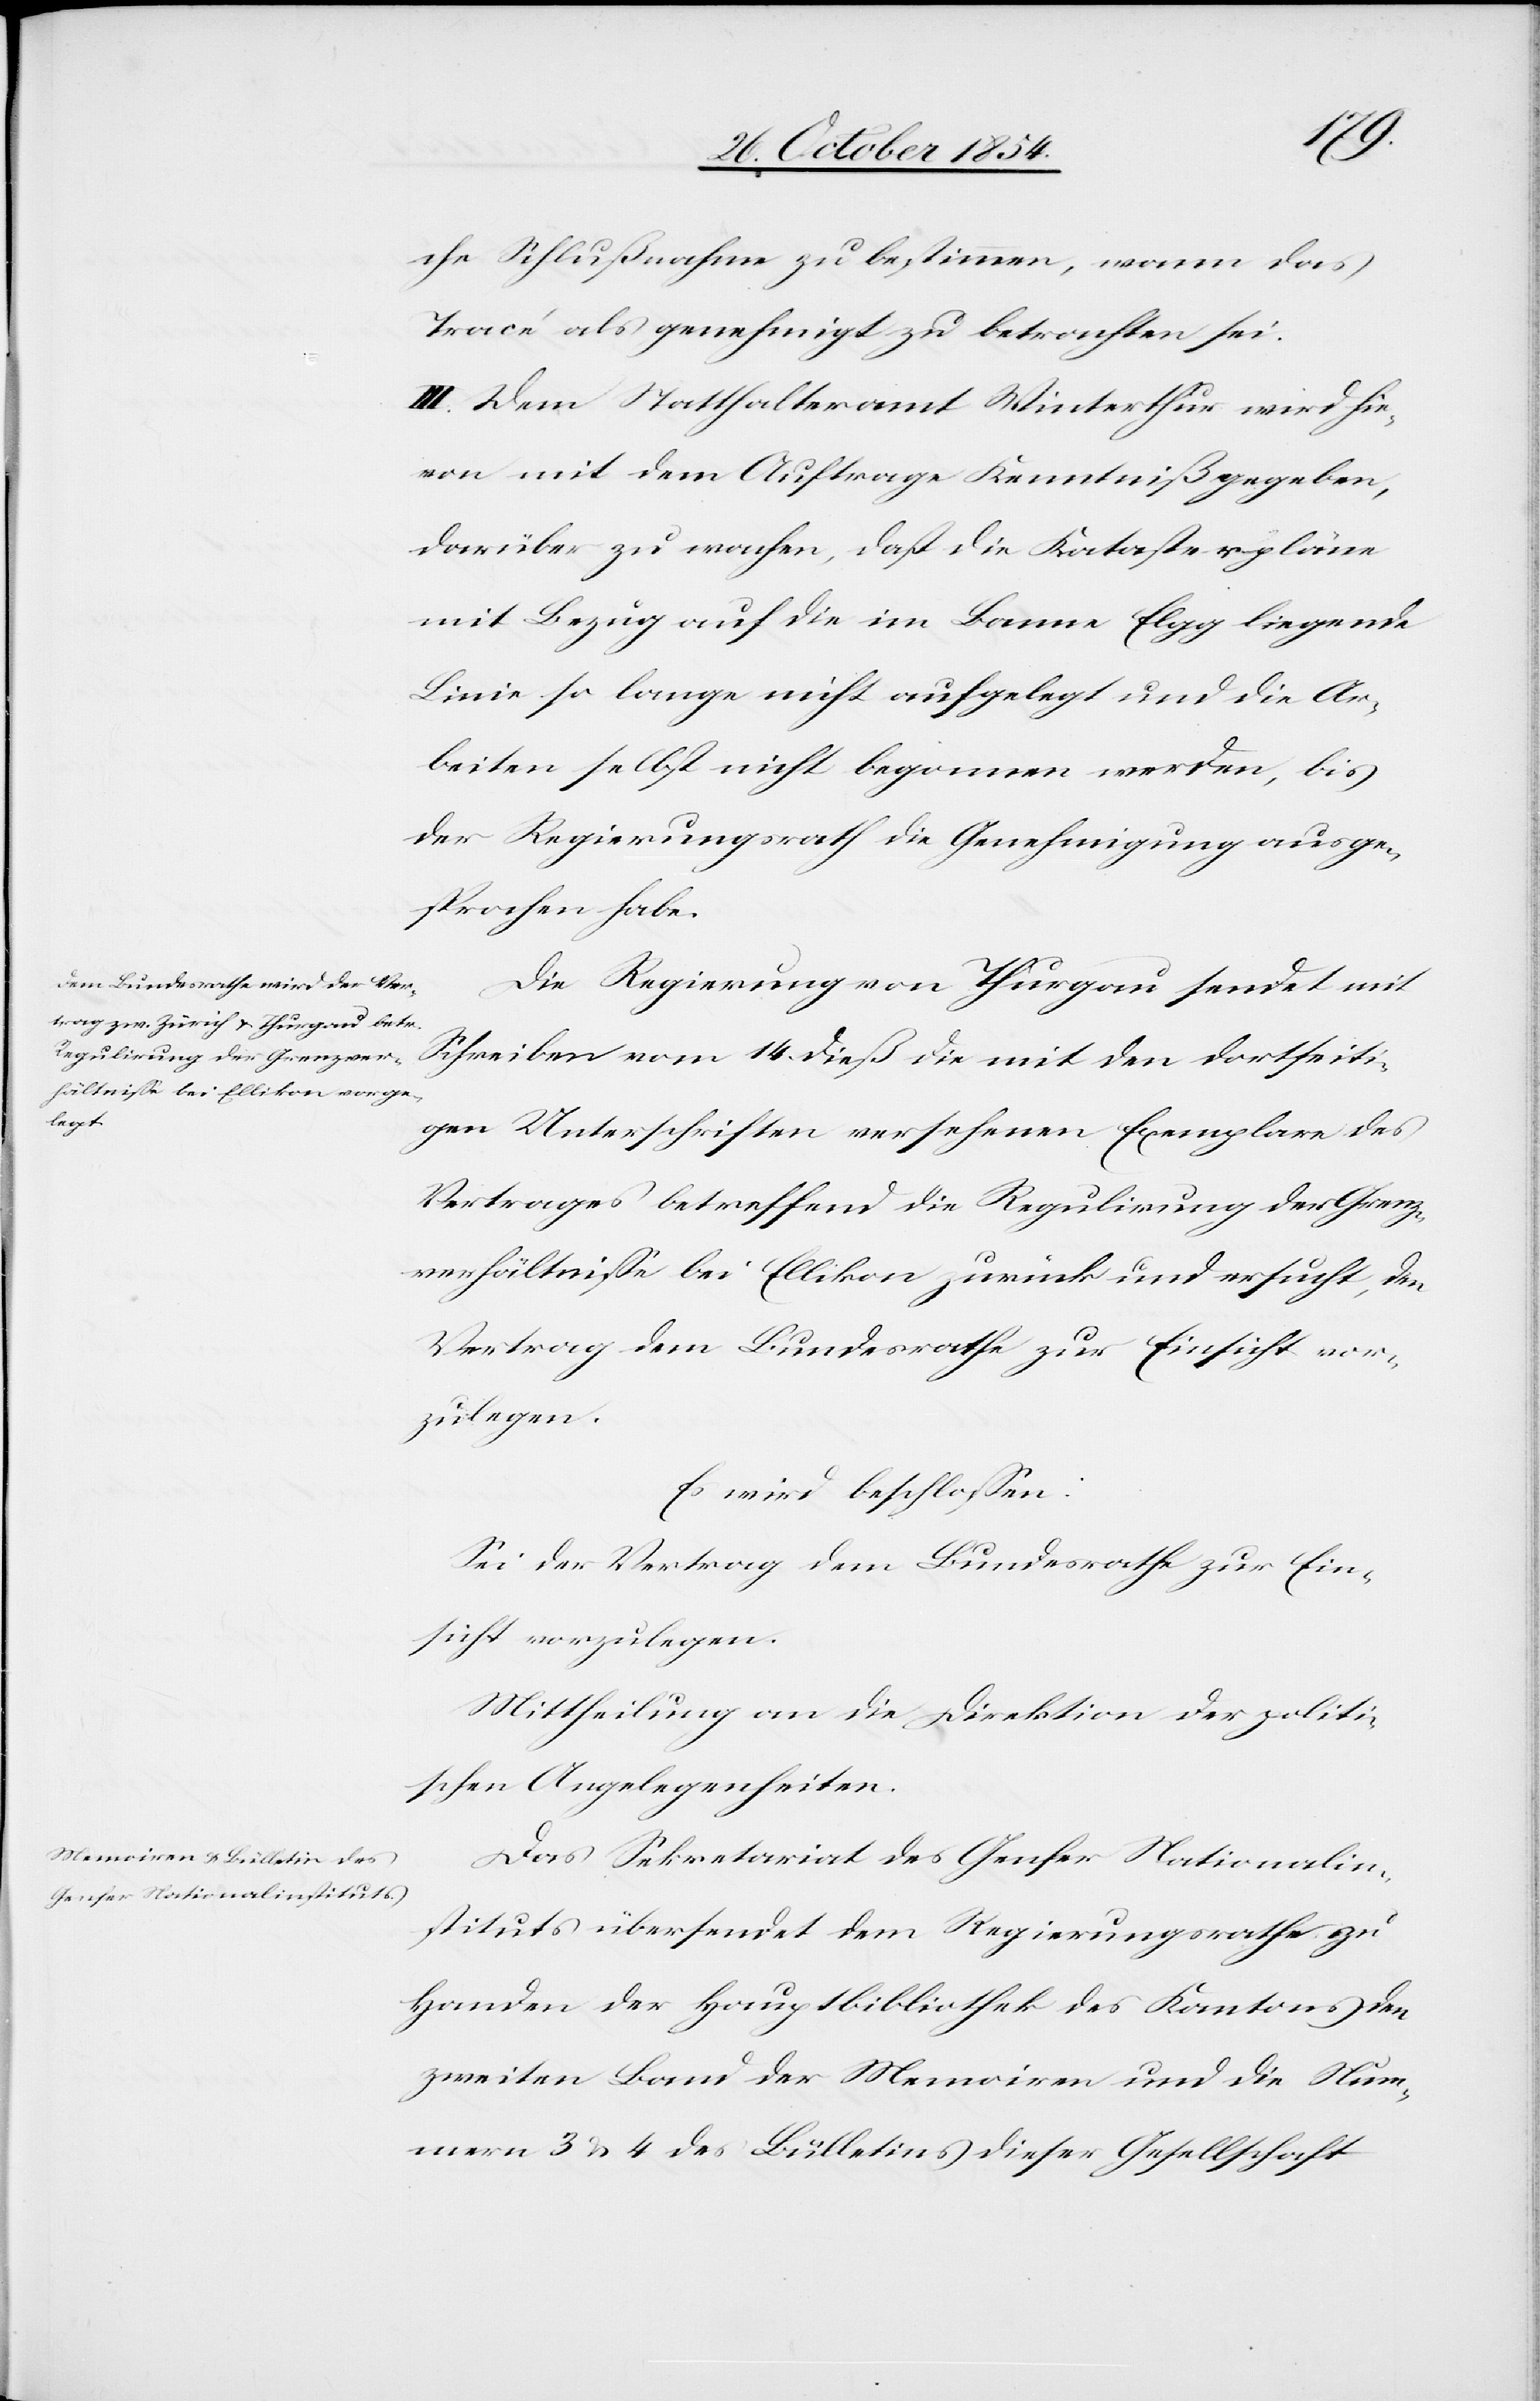
che Schlußnahme zu bestimmen, wann das
Tracé als genehmigt zu betrachten sei.
III. Dem Statthalteramt Winterthur wird hie¬
von mit dem Auftrage Kenntniß gegeben,
darüber zu wachen, daß die Katasterpläne
mit Bezug auf die im Banne Elgg liegende
Linie so lange nicht aufgelegt und die Ar¬
beiten selbst nicht begonnen werde, bis
der Regierungsrath die Genehmigung ausge¬
sprochen habe.
Die Regierung von Thurgau sendet mit
Schreiben vom 14. dieß die mit den dortseiti¬
gen Unterschriften versehenen Exemplare des
Vertrages betreffend die Regulirung der Grenz¬
verhältniße bei Ellikon zurück und ersucht, den
Vertrag dem Bundesrathe zu Einsicht vor¬
zulegen.
Es wird beschloßen:
Sei der Vertrag dem Bundesrathe zu Ein¬
sicht vorzulegen.
Mittheilung an die Direktion der politi¬
schen Angelegenheiten.
Das Sekretariat des Genfer Nationalin¬
stitutes übersendet dem Regierungsrathe zu
Handen der Hauptbibliothek des Kantons den
zweiten Band der Memoiren und die Num¬
mern 3 & 4 des Bülletins dieser Gesellschaft